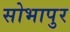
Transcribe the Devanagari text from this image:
सोभापुर